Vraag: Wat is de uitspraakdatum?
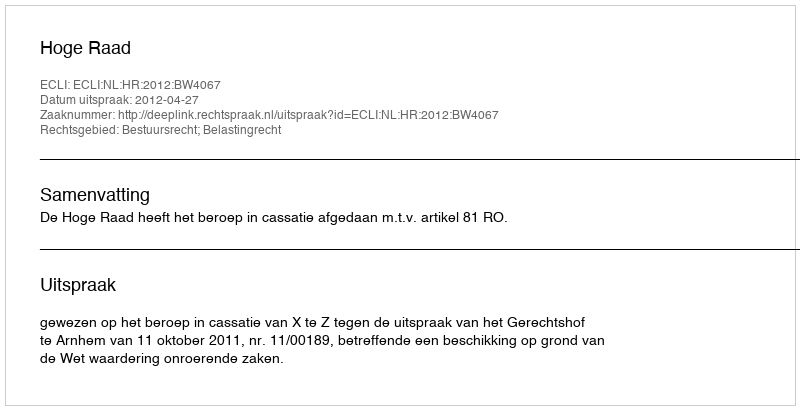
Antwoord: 2012-04-27